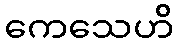
ကေသေဟိ